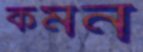
কমন